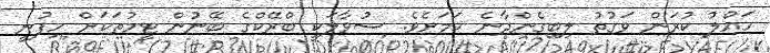
ހައްލު ކުރަން ވަގުތު ލިބިގެންދާނެ ކަމަށެވެ. ސުވާލަކީ ބްރޭކްގެ ބޭނުން ޓީމުތަކަށް ހިފުނީ